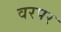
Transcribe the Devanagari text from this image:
वरपर